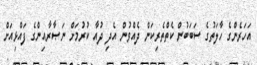
އަހަރެންގެ ހާލަތުގެ ސަބަބުން ކެތްތެރިކަން ދެއްވުން އެދި ދުއާ ކުރުމަށް ނަޞާރާއިންގެ ފައްޅިއަށް